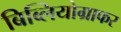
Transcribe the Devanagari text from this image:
बिब्लियोग्राफर